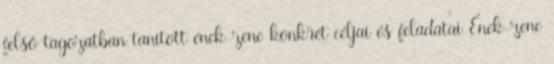
felső tagozatban tanított ének-zene konkrét céljai és feladatai Ének-zene